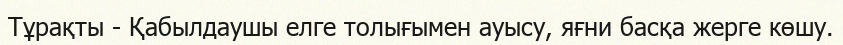
Тұрақты - Қабылдаушы елге толығымен ауысу, яғни басқа жерге көшу.